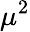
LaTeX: \mu^{2}